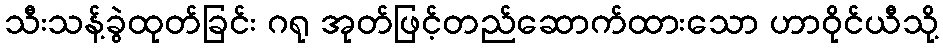
သီးသန့်ခွဲထုတ်ခြင်း ဂရု အုတ်ဖြင့်တည်ဆောက်ထားသော ဟာဝိုင်ယီသို့